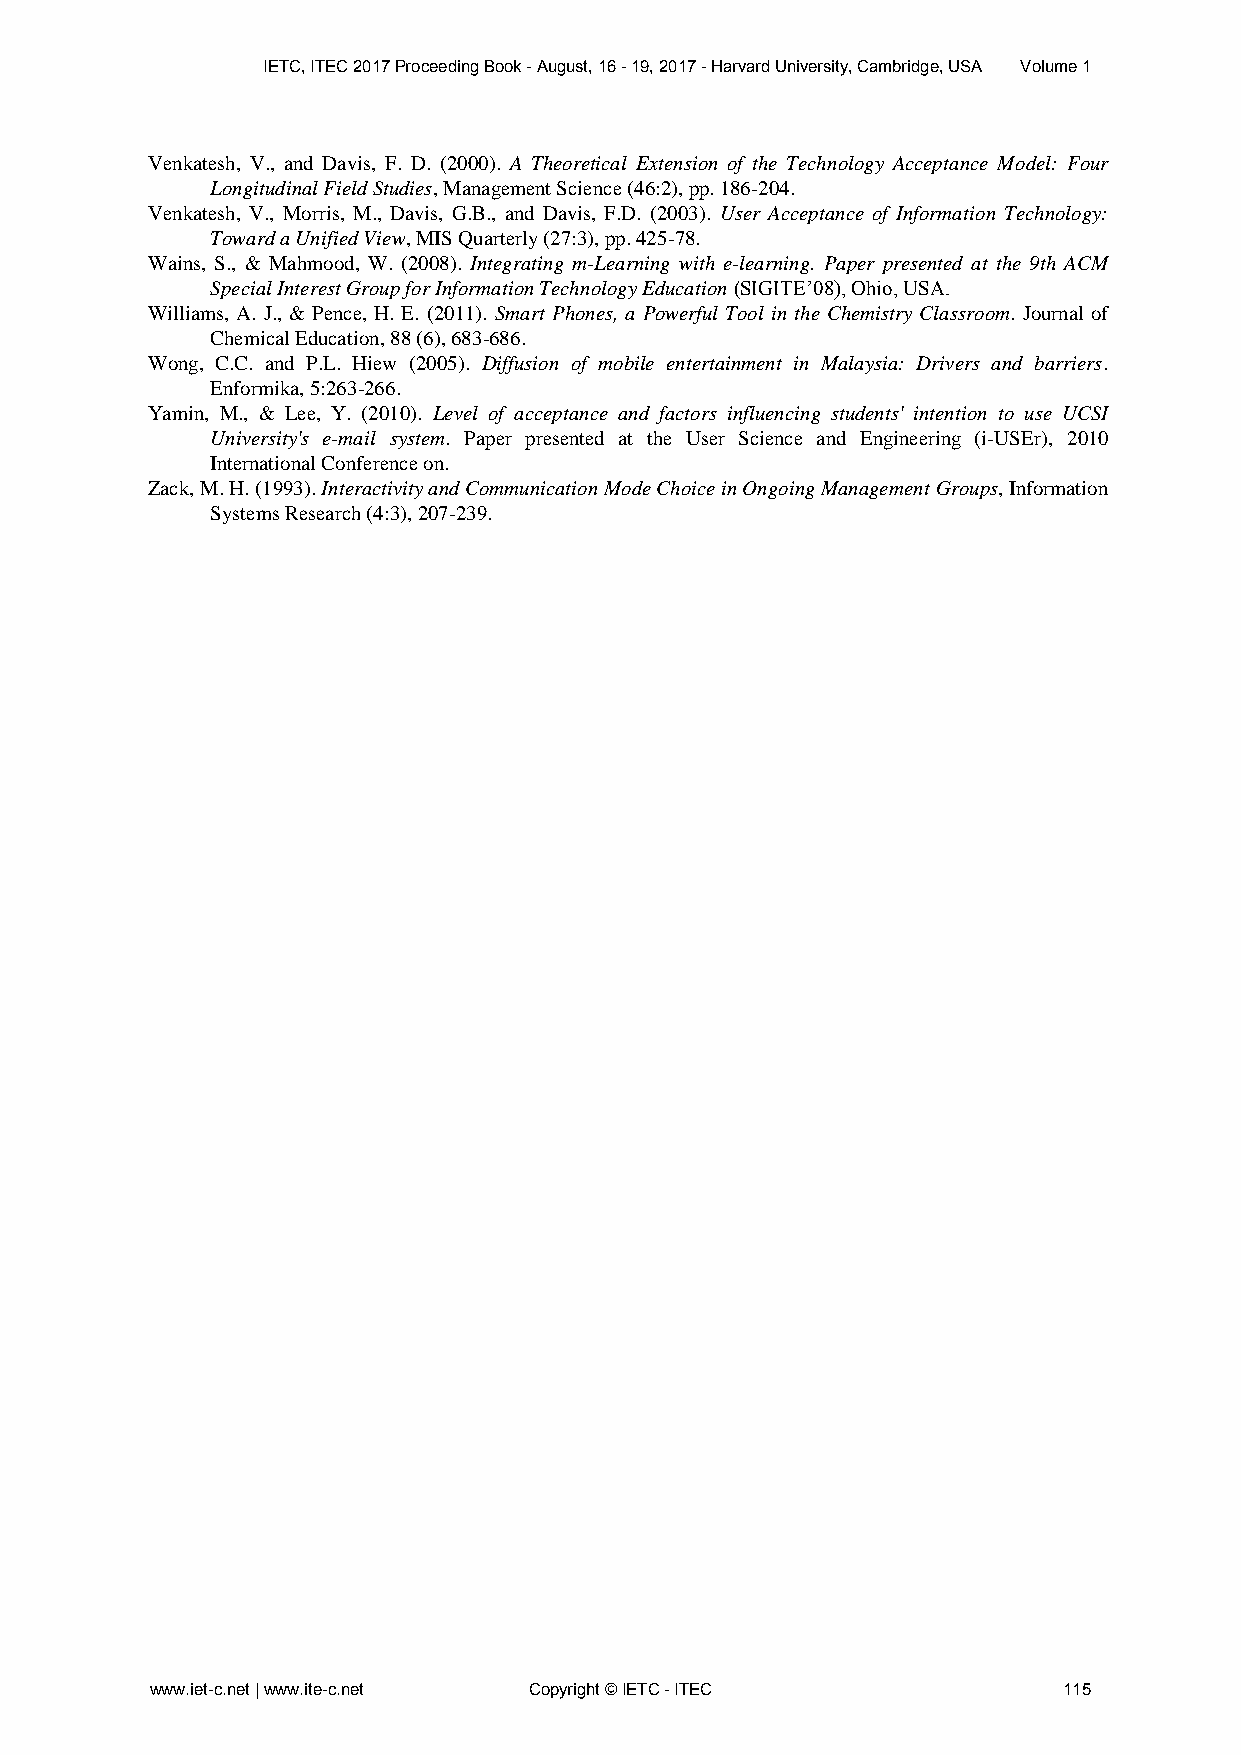
IETC, ITEC 2017 Proceeding Book - August, 16 - 19, 2017 - Harvard University, Cambridge, USA Volume 1
 Venkatesh, V., and Davis, F. D. (2000). A Theoretical Extension of the Technology Acceptance Model: Four
 Longitudinal Field Studies, Management Science (46:2), pp. 186-204.
 Venkatesh, V., Morris, M., Davis, G.B., and Davis, F.D. (2003). User Acceptance of Information Technology:
 Toward a Unified View, MIS Quarterly (27:3), pp. 425-78.
 Wains, S., & Mahmood, W. (2008). Integrating m-Learning with e-learning. Paper presented at the 9th ACM
 Special Interest Group for Information Technology Education (SIGITE’08), Ohio, USA.
 Williams, A. J., & Pence, H. E. (2011). Smart Phones, a Powerful Tool in the Chemistry Classroom. Journal of
 Chemical Education, 88 (6), 683-686.
 Wong, C.C. and P.L. Hiew (2005). Diffusion of mobile entertainment in Malaysia: Drivers and barriers.
 Enformika, 5:263-266.
 Yamin, M., & Lee, Y. (2010). Level of acceptance and factors influencing students' intention to use UCSI
 University's e-mail system. Paper presented at the User Science and Engineering (i-USEr), 2010
 International Conference on.
 Zack, M. H. (1993). Interactivity and Communication Mode Choice in Ongoing Management Groups, Information
 Systems Research (4:3), 207-239.
 www.iet-c.net | www.ite-c.net Copyright © IETC - ITEC       115